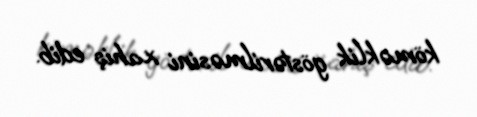
köməklik göstərilməsini xahiş edib.